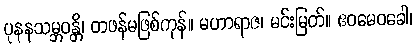
ပုနနသမ္ဘဝန္တိ၊ တဖန်မဖြစ်ကုန်။ မဟာရာဇ၊ မင်းမြတ်။ ဧဝမေဝခေါ၊